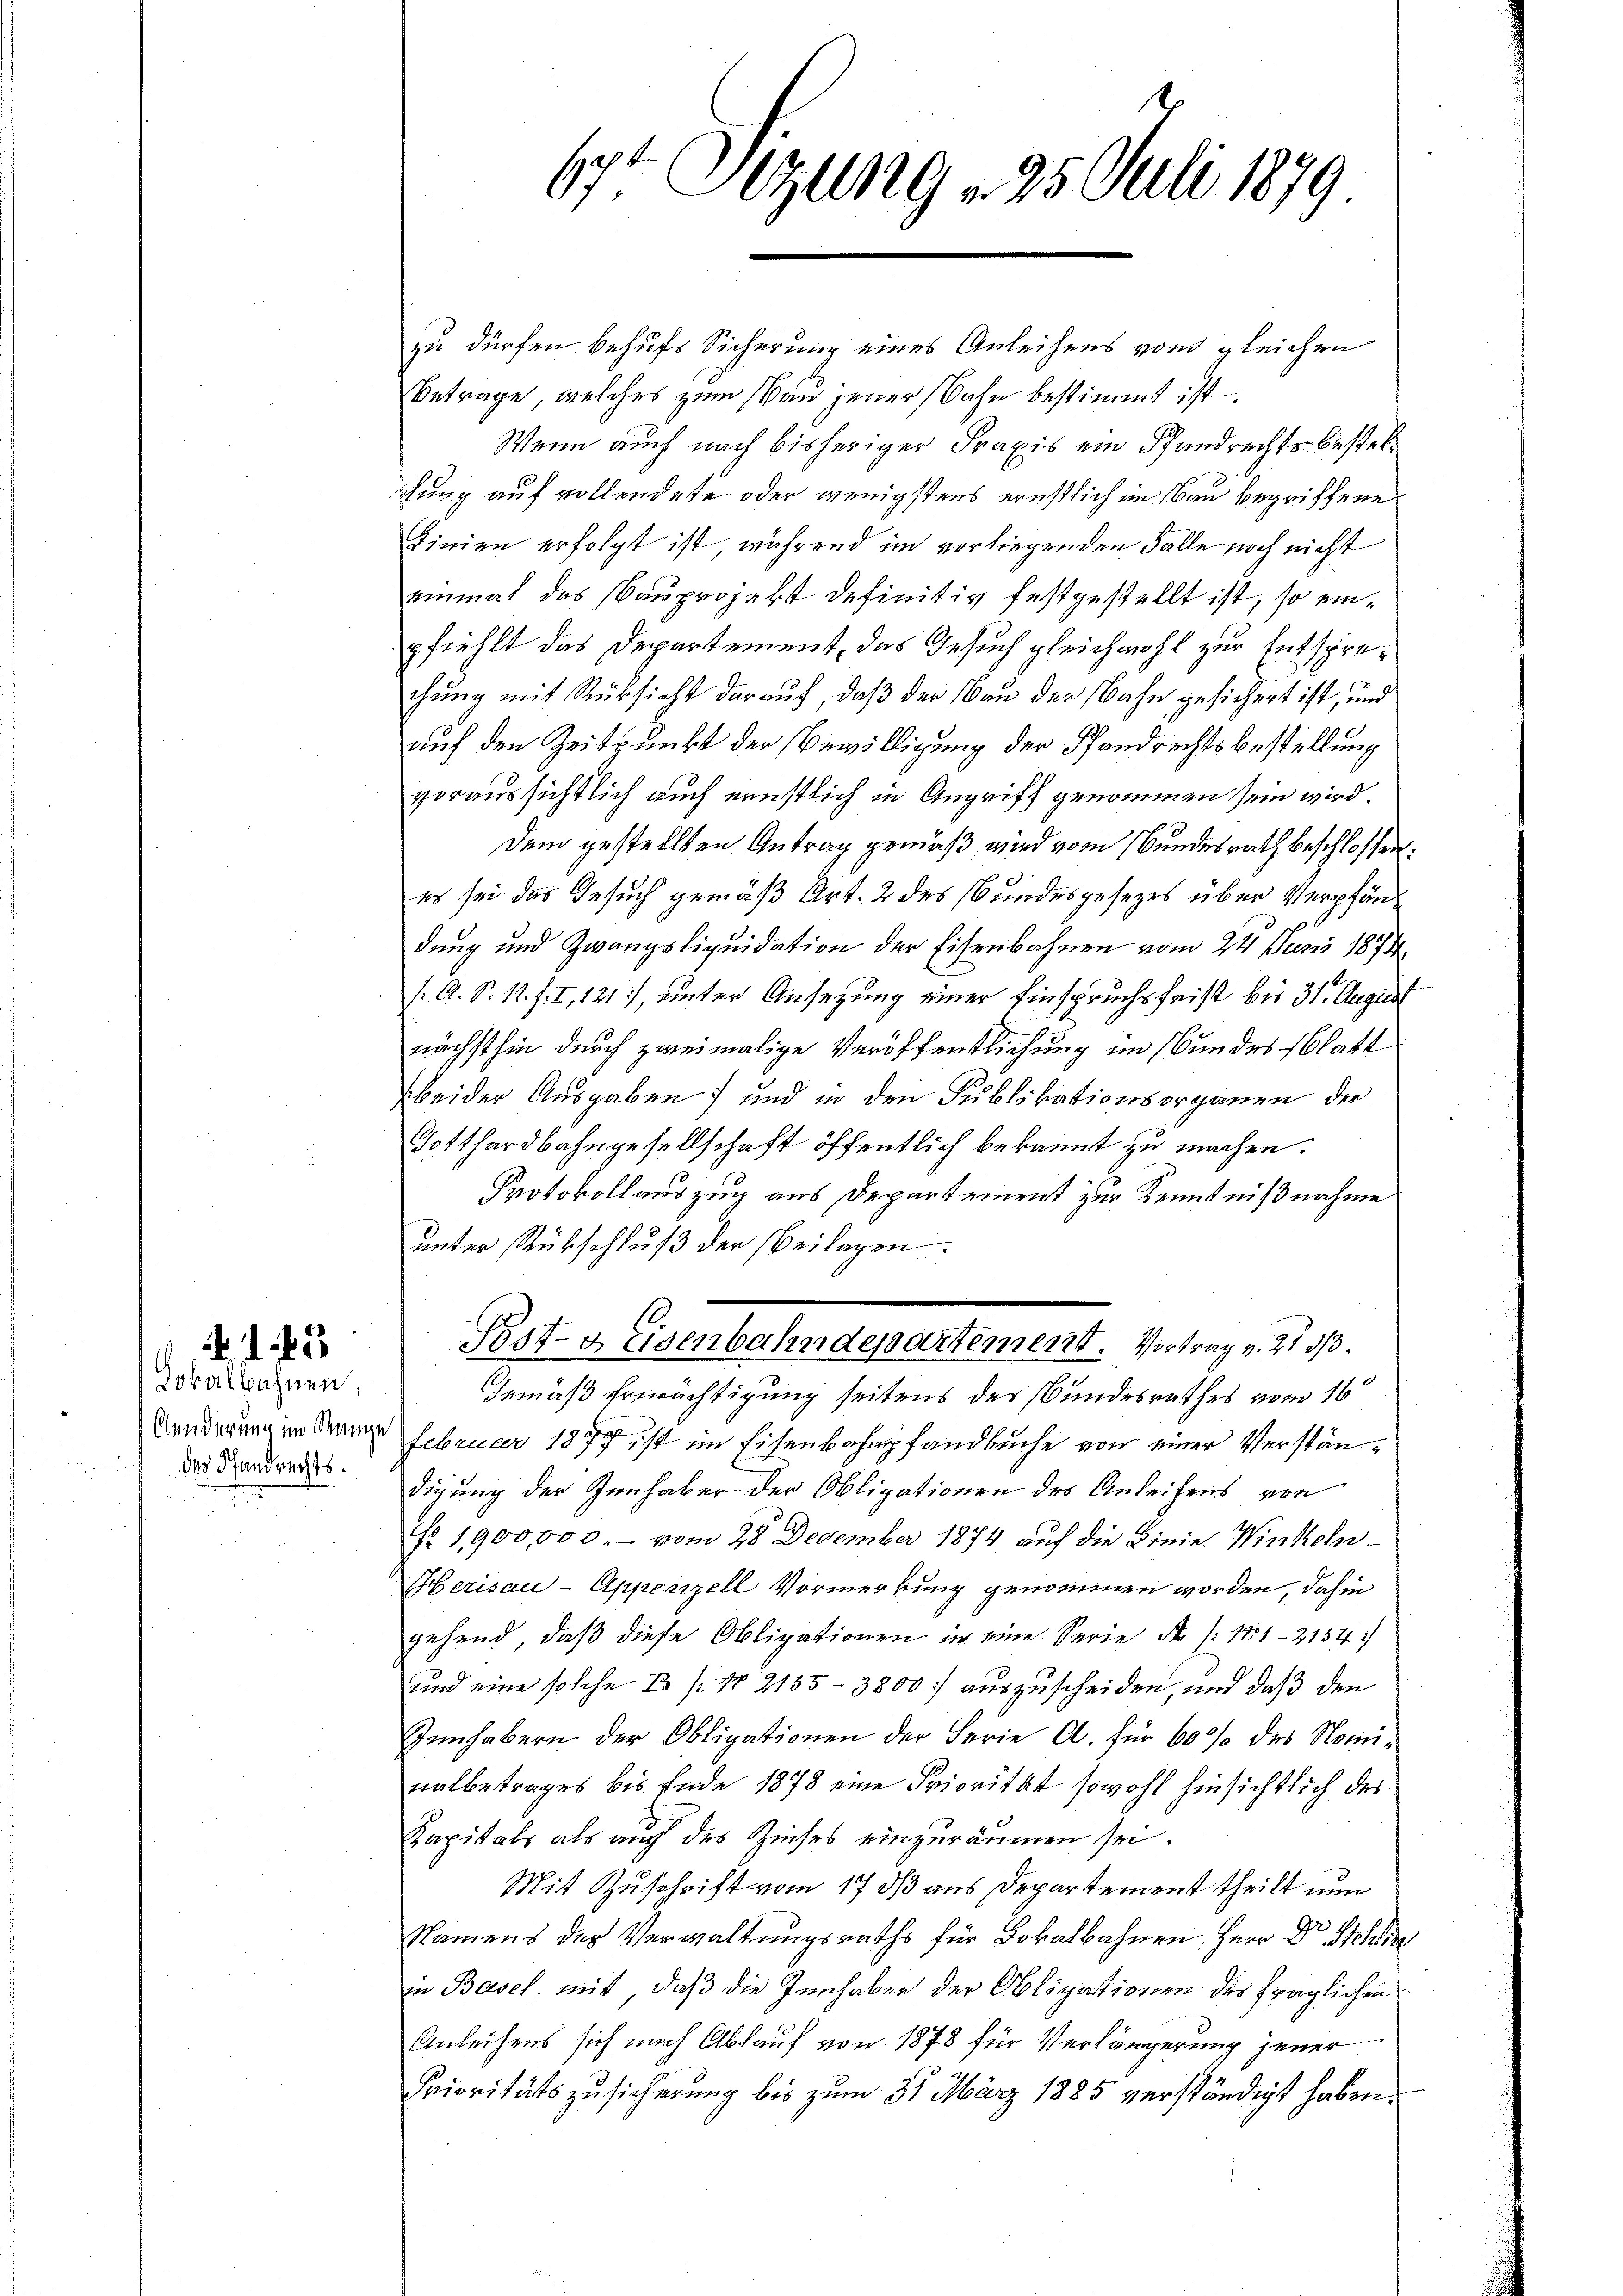
Lokalbahnen,
des Pfandrechts.

3

zu dürfen behufs Sicherung eines Anleihens vom gleichen
Betrage, welches zum Bau jener Bahn bestimmt ist.
Wenn auch nach bisheriger Praxis ein Pfandrechts bestelfung auf vollendete oder wenigstens ernstlich im Bau begriffene
Linien erfolgt ist, während im vorliegenden Falle noch nicht
einmal das Bauprojekt definitiv festgestellt ist, so einpfiehlt das Departement, das Gesuch gleichwohl zur Entsprechung mit Rücksicht darauf, daß der Bau der Bahn gesichert ist, und
auf den Zeitpunkt der Bewilligung der Pfandrechtsbestellung
voraussichtlich auch ernstlich in Angriff genommen sein wird.
Dem gestellten Antrag gemäß wird vom Bundesrath beschlossen:
es sei das Gesuch gemäß Art. 2 des Bundesgesezes über Verpfändung und Zwangsliquidation der Eisenbahnen vom 24. Juni 1874
/A. S. 1. f. I, 121, unter Ansetzung einer Einspruchsfrist bis 31. August
nächsthin durch zweimalige Veröffentlichung im Bundesblatt
beider Ausgaben) und in den Publikationsorganen der
Totthardbahngesellschaft öffentlich bekannt zu machen.
Protokollauszug aus Departement zur Kenntnißnahme
unter Rückschluß der Beilagen.
Post- & Eisenbahndepartement. Vortrag v. 21 d
Gemäß Ermächtigung seitens der Bundesrathes vom 16
Sonderung in Mange Februar 1897 ist im Eisenbahnpfandbuche von einer Verständigung der Innhaber der Obligationen des Anleihens von
Nr. 1,900,000.- vom 28. December 1874, auf die Linie Winkeln¬
Herisau-Appenzell Vormerkung genommen worden, dahin
gehend, daß diese Obligationen in eine Serie N. /: 181-2154)
und eine solche Er /: No 2155-3800. auszuscheiden, und daß den
Inhabern der Obligationen der Ferie a. für 60 % des Nominalbetrages bis Ende 1878 eine Priorität sowohl hinsichtlich des
Kapitals als auch des Zinses einzuräumen sei.
Mit Zuschrift vom 17 dß aus Departement theilt nun
Namens des Verwaltungsraths für Lokalbahnen Herr Dr. Schlin
in Basel mit, daß die Innhaben der Obligationen des fraglichen
Anleihens sich nach Ablauf von 1878 für Verlängerung jener
Prioritätszusicherung bis zum 31. März 1885 verständigt haben.

67t Sizung 25. Juli 1879